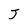
Character: J